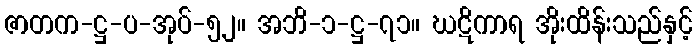
ဇာတက-ဋ္ဌ-ပ-အုပ်-၅၂။ အဘိ-၁-ဋ္ဌ-၇၁။ ဃဋိကာရ အိုးထိန်းသည်နှင့်